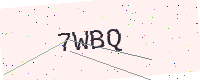
Text: 7WBQ